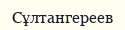
Сұлтангереев